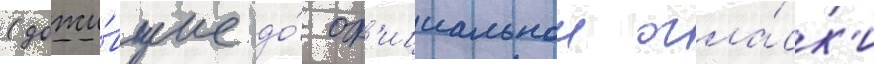
(дожи́вшие до́ оф'ициальнои огла́ск'и